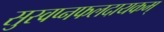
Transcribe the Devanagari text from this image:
सुस्वप्नफलदायकम्